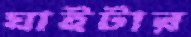
ঘাইটার